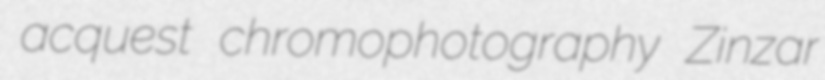
acquest chromophotography Zinzar